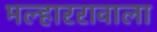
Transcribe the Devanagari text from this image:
मल्हाररावाला